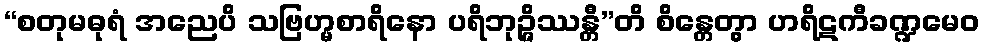
“စတုမဓုရံ အညေပိ သဗြဟ္မစာရိနော ပရိဘုဉ္ဇိဿန္တီ”တိ စိန္တေတွာ ဟရိဋကီခဏ္ဍမေဝ